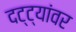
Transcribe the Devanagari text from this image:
दट्ट्यांवर